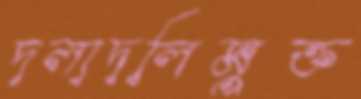
দলাদলিমুক্ত